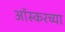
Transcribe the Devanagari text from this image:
आॅस्करच्या